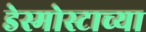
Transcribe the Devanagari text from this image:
डेस्मोस्टाच्या